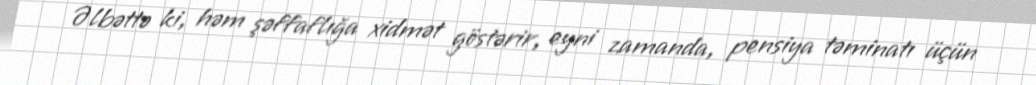
Əlbəttə ki, həm şəffaflığa xidmət göstərir, eyni zamanda, pensiya təminatı üçün